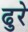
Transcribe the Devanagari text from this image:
ढुरे